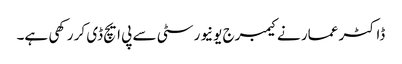
ڈاکٹر عمار نے کیمبرج یونیورسٹی سے پی ایچ ڈی کر رکھی ہے۔